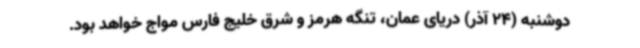
دوشنبه (24 آذر) دریای عمان، تنگه هرمز و شرق خلیج فارس مواج خواهد بود.